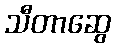
သီတာဆွေ